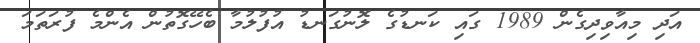
އަދި މިއާވިދިގެން 1989 ގައި ކަނޑުގެ ލޮނުގަނޑު އުފުލުމާ ބެހޭގޮތުން އެންމެ ފުރަތަމަ